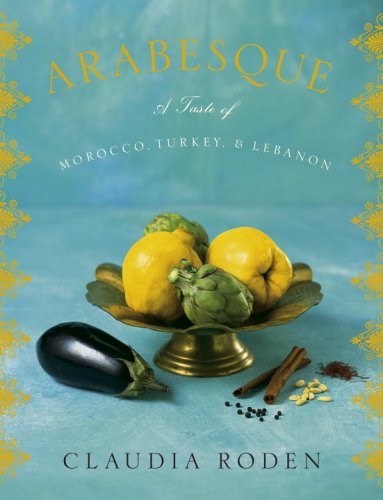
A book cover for Arabesque: A Taste of Morocco, Turkey, and Lebanon; Claudia Roden; Cookbooks, Food & Wine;